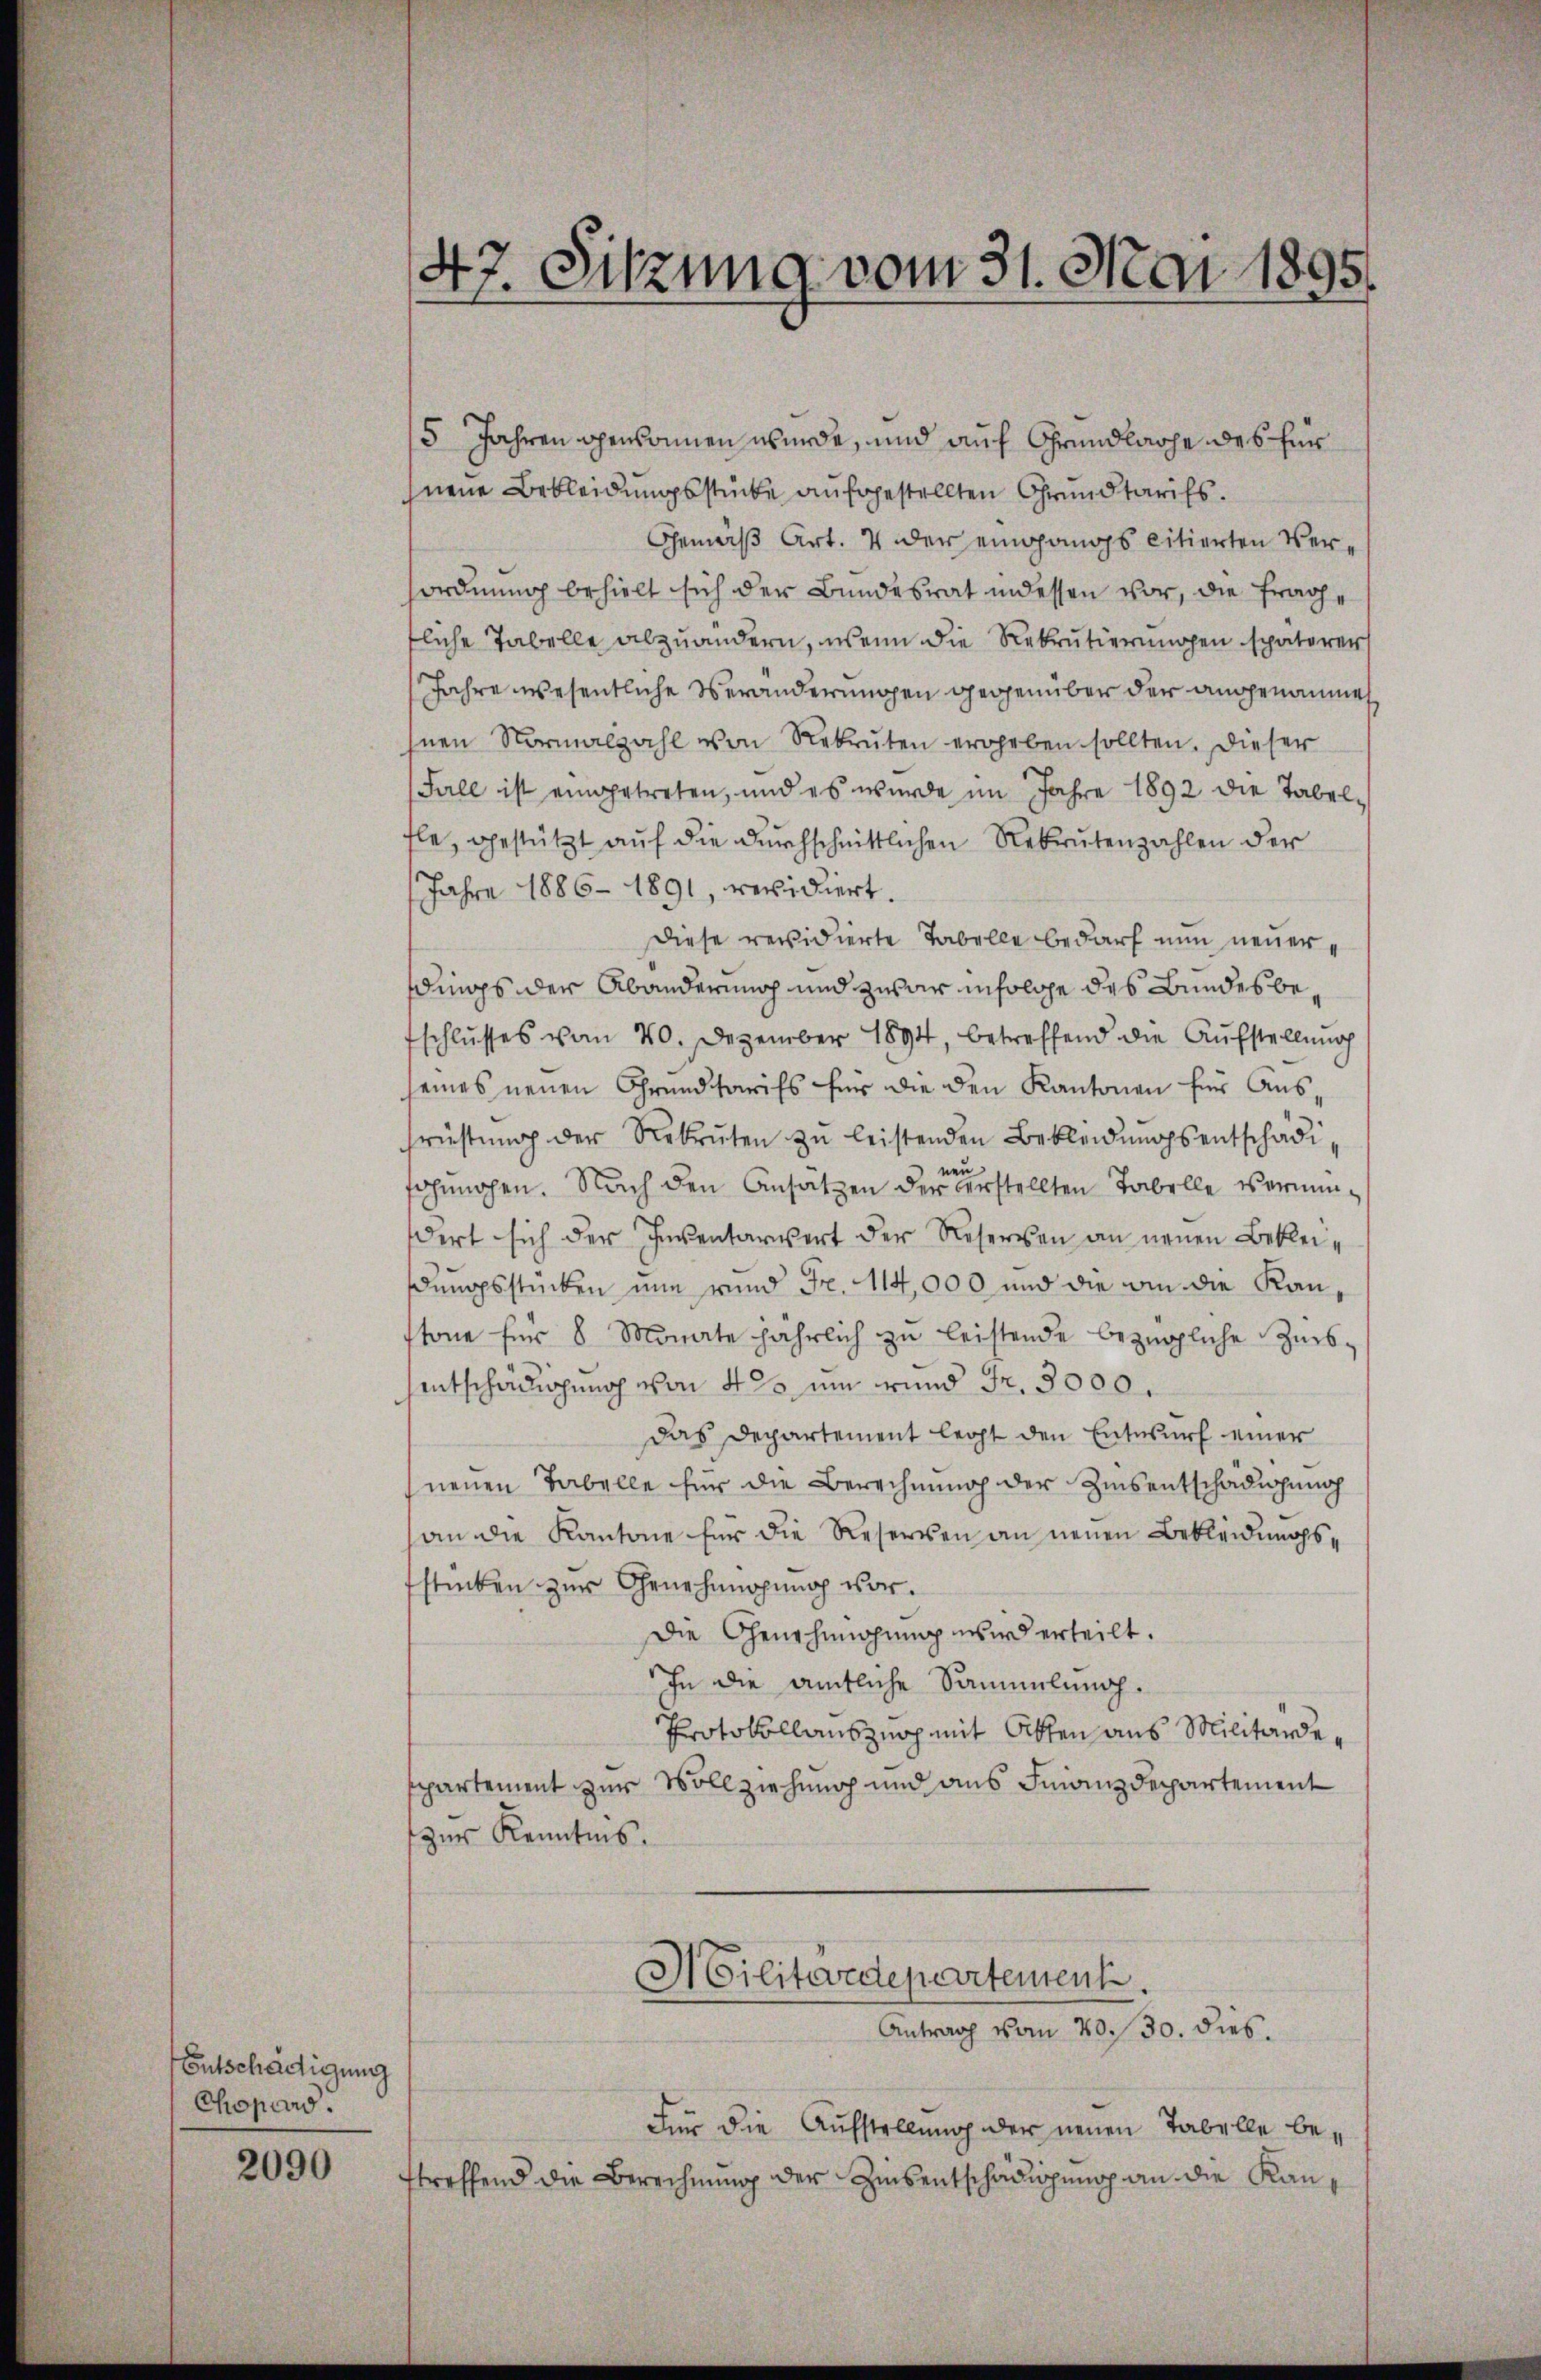
Entschädigung
Chopard.

2090

47. Sitzung vom 31. Mai 1895.

5 Jahren gewonnen wurde, und auf Grundlache des fün
nene Bekleidungsstücke aufgestellten Grundtarifs.
Gemäß Art. 4 der eingangs citierten Verordnung behielt sich der Bundesrat indessen vor, die Frage
tliche Tabelle abzuändern, wenn die Rekrutierungen späterers
Jahre wesentliche Veränderungen gegenüber der angenommen
hnen Normalzahl von Rekruten ergeben sollten. Dieser
Fall ist eingetreten, und es wurde im Jahre 1892 die Tabelfle, gestützt auf die durchschnittlichen Rekrutenzahlen der
Jahre 1886 1891, revidiert.
Diese revidierte Tabelle bedarf nun neuerdings der Abänderung und zwar insolche des Bundesbeschlusses vom 20. Dezember 1894, betreffend die Aufstellung
seines neuen Grundtarifs für die den Kantonen für Ausfrüstung der Rekruten zŭ leistenden Bekleidŭngsentschädineu
fchungen. Nach den Ansätzen der verstellten Tabelle vernun
dert sich der Inventarwert der Reserven an neuen Bekleidungsstücken nun rund Fr. 114,000 und die ain die Kanstone für 8 Monate jährlich zu leistende bezügliche Zursentschädigung von 4 % um und Fr. 3000.
Das Departement legt den Entwurf einer
neuen Tabelle für die Berechnung der Zinsentschädigung
an die Kantone für die Reserven an neuen Bekleidungsstücken zur Genehmigung vor.
Die Genehmigung wird erteilt.
In die amtliche Sammlung.
Protokollanszuch mit Akten aus Militärdespartement zur Vollziehung und aus Finanzdepartement
zur Kenntnis.
Militärdepartement.

Für die Aufstellung der neuen Tabelle bestreffend die Berechnung der Zinsentschädigung an die Kan¬

Antrag vom 20. 30. dies.